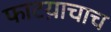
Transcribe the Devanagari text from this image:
फाटय़ाचाच